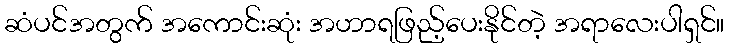
ဆံပင်အတွက် အကောင်းဆုံး အဟာရဖြည့်ပေးနိုင်တဲ့ အရာလေးပါရှင်။